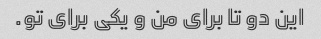
این دو تا برای من و یکی برای تو.